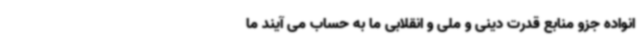
انواده جزو منابع قدرت دینی و ملی و انقلابی ما به حساب می آیند ما